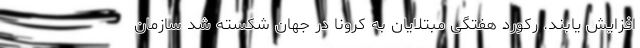
افزایش یابند. رکورد هفتگیِ مبتلایان به کرونا در جهان شکسته شد سازمان